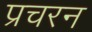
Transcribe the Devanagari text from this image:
प्रचरन